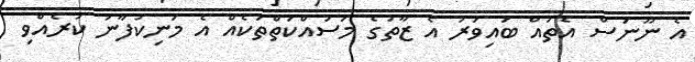
އެ ނޫނަސް އެތައް ބައިވަރު އެ ޒާތުގެ މަސައްކަތްތަކެއް އެ މަނިކުފާނު ކުރެއްވި